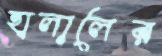
হালালের